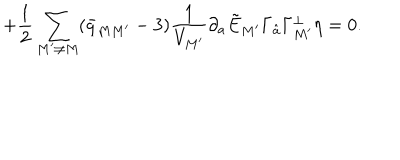
\qquad \qquad \qquad \qquad + { \frac { 1 } { 2 } } \sum _ { M ^ { \prime } \neq M } ( \bar { q } _ { M M ^ { \prime } } - 3 ) { \frac { 1 } { V _ { M ^ { \prime } } } } \partial _ { a } \tilde { E } _ { M ^ { \prime } } \Gamma _ { \hat { a } } \Gamma _ { M ^ { \prime } } ^ { \perp } \eta = 0 .